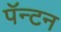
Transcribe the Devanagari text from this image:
पॅन्टन